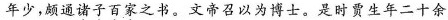
年少，颇通\underset{·}{诸}\underset{·}{子}\underset{·}{百}\underset{·}{家}之书。文帝召以为博士。是时贾生年二十余